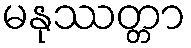
မနုဿတ္တာ